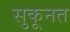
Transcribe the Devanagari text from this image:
सुकूनत